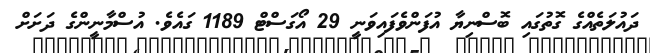
ދައުލަތެއްގެ ގޮތުގައި ބޮސްނިޔާ އުފަންވެފައިވަނީ 29 އޯގަސްޓް 1189 ގައެވެ. އުސްމާނީންގެ ދަށަށް